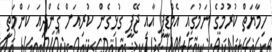
ހިމާޔަތް ކުރުމުގެ ނަމުގައި އެމްޑީޕީ އާއި ޖޭޕީ ގުޅިގެން ކުރިއަށް ގެންދިއަ ކަންމަތީ